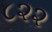
૮૨૨